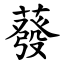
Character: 蕟